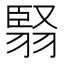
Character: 𮋅